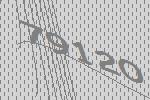
79120